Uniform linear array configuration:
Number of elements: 32
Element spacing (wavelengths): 0.75
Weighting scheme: blackman
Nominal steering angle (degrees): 30
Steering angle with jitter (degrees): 31.235
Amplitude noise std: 0.05
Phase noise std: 0.05

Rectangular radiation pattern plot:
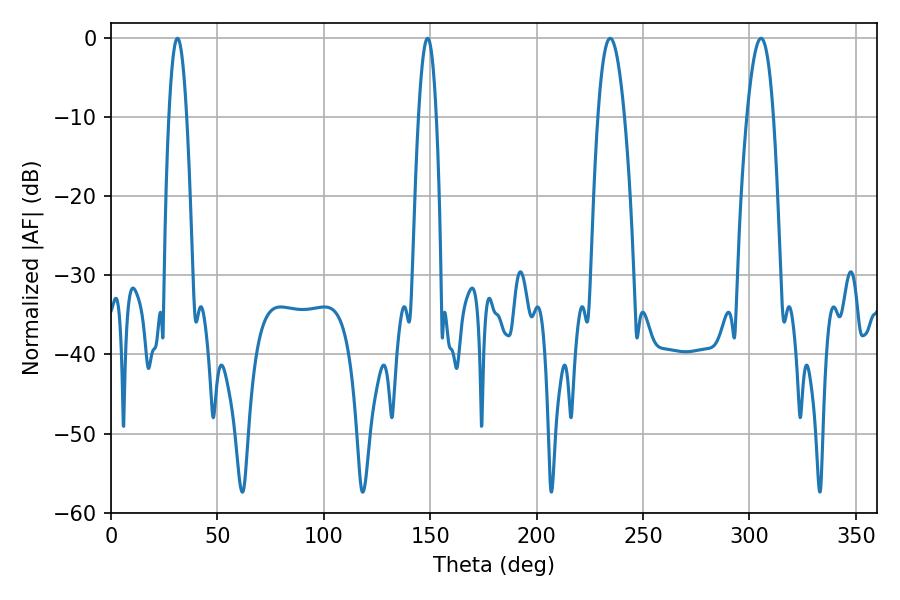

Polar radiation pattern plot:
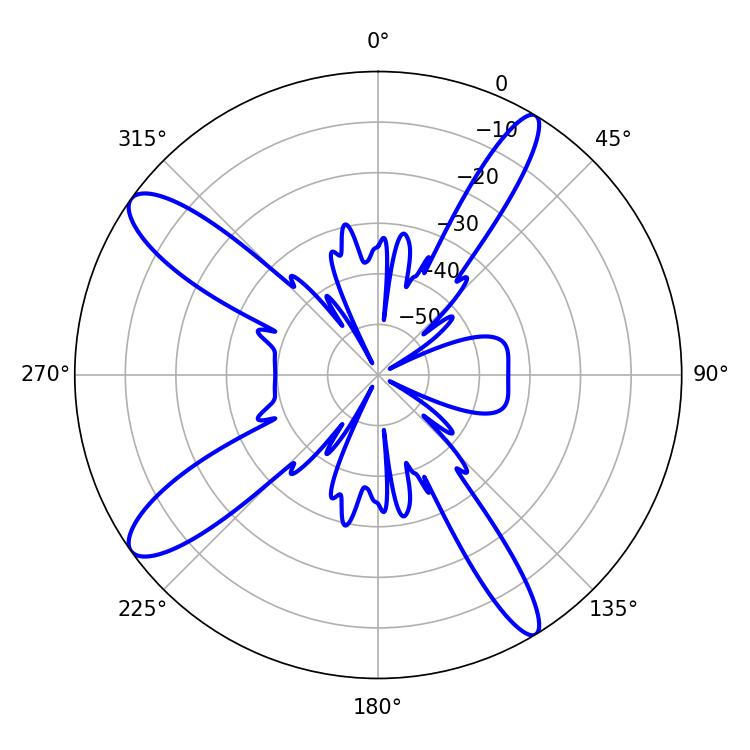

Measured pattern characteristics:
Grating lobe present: TRUE
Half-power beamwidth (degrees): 6.84
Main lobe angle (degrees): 234.54